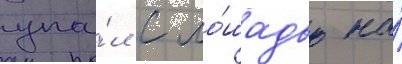
упа́л с ло́шадью на́